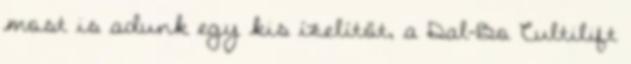
most is adunk egy kis ízelítőt, a Dal-Bo Cultilift